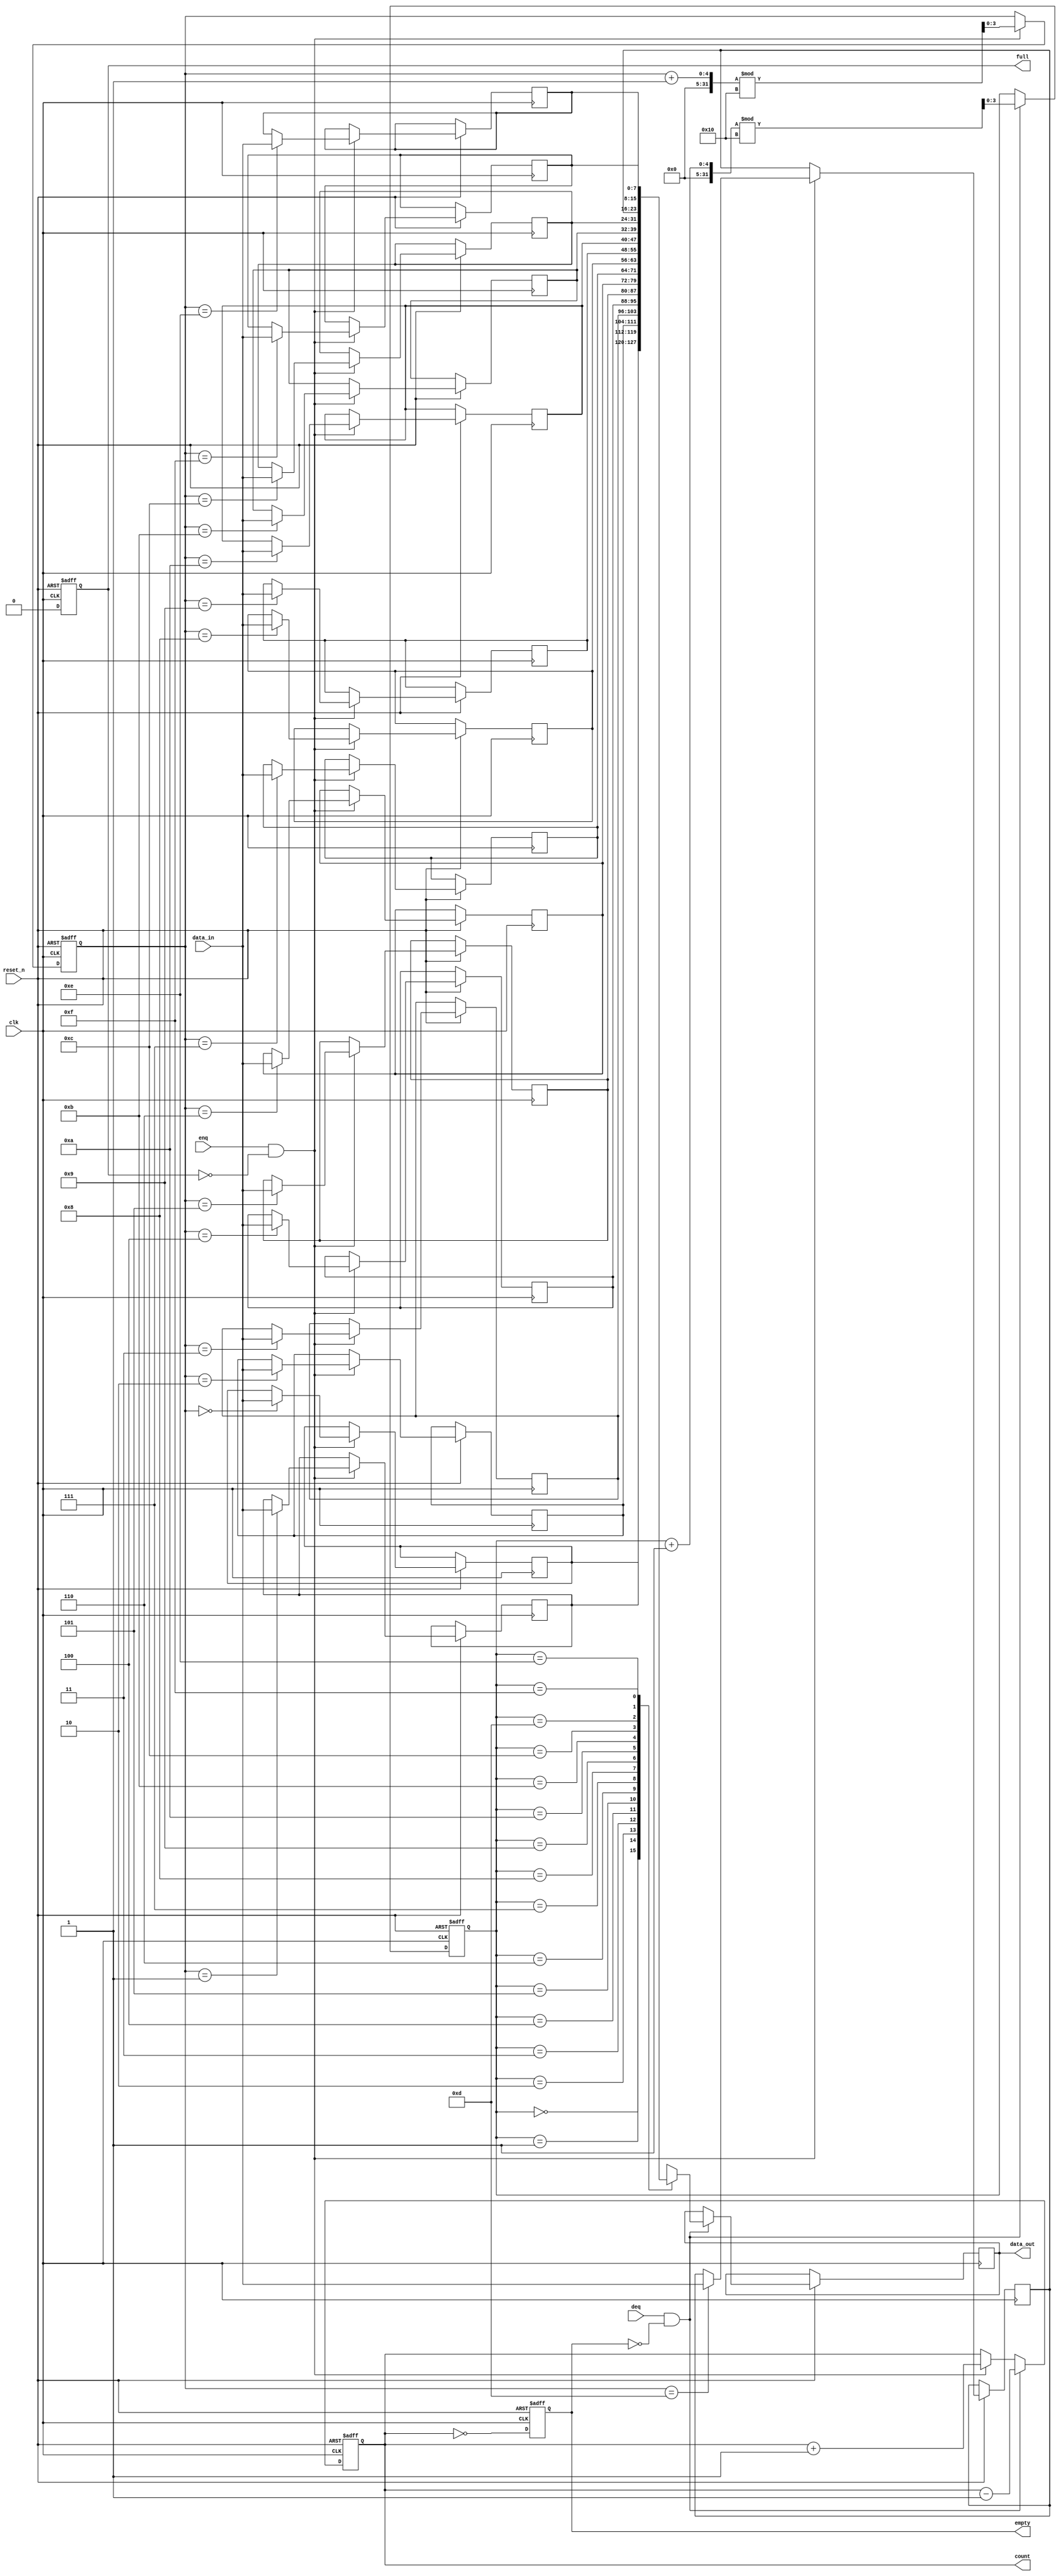
module parameterized_fifo #(
    parameter DATA_WIDTH = 8,       // Width of each data entry
    parameter FIFO_DEPTH = 16        // Depth of the FIFO
)(
    input wire clk,                  // Clock signal
    input wire reset_n,              // Active-low asynchronous reset
    input wire [DATA_WIDTH-1:0] data_in,  // Data input for enqueue
    input wire enq,                  // Enqueue control signal
    input wire deq,                  // Dequeue control signal
    output reg [DATA_WIDTH-1:0] data_out,  // Data output for dequeue
    output reg full,                 // FIFO full flag
    output reg empty,                // FIFO empty flag
    output reg [$clog2(FIFO_DEPTH)-1:0] count // Current item count
);

    // Internal memory array
    reg [DATA_WIDTH-1:0] fifo_mem [0:FIFO_DEPTH-1];
    
    // Pointers for read and write
    reg [$clog2(FIFO_DEPTH)-1:0] write_ptr;
    reg [$clog2(FIFO_DEPTH)-1:0] read_ptr;

    // FIFO logic
    always @(posedge clk or negedge reset_n) begin
        if (!reset_n) begin
            // Reset all signals
            write_ptr <= 0;
            read_ptr <= 0;
            count <= 0;
            full <= 0;
            empty <= 1;
        end else begin
            // Enqueue operation
            if (enq && !full) begin
                fifo_mem[write_ptr] <= data_in; // Store data
                write_ptr <= (write_ptr + 1) % FIFO_DEPTH; // Wrap around
                count <= count + 1; // Increment count
            end

            // Dequeue operation
            if (deq && !empty) begin
                data_out <= fifo_mem[read_ptr]; // Read data
                read_ptr <= (read_ptr + 1) % FIFO_DEPTH; // Wrap around
                count <= count - 1; // Decrement count
            end
            
            // Update full and empty flags
            full <= (count == FIFO_DEPTH);
            empty <= (count == 0);
        end
    end

endmodule